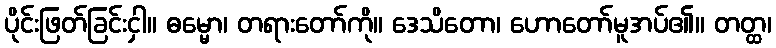
ပိုင်းဖြတ်ခြင်းငှါ။ ဓမ္မော၊ တရားတော်ကို။ ဒေသိတော၊ ဟောတော်မူအပ်၏။ တတ္ထ၊